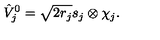
\hat { V } _ { j } ^ { 0 } = \sqrt { 2 r _ { j } } s _ { j } \otimes \chi _ { j } .